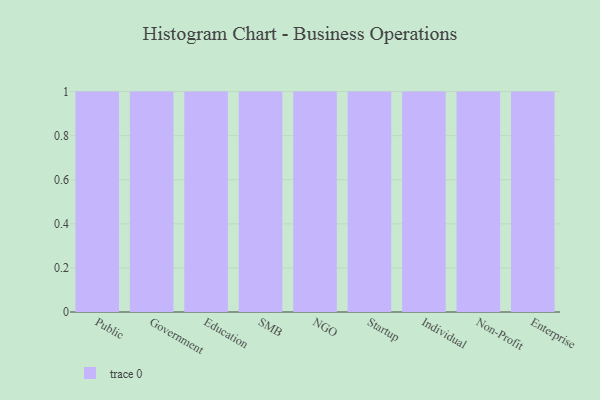
{"axis": {"x": "Segment", "y": "Website Visitors"}, "legend": [""], "data": [{"x": "Public", "y": 9, "type": ""}, {"x": "Government", "y": 65, "type": ""}, {"x": "Education", "y": 88, "type": ""}, {"x": "SMB", "y": 80, "type": ""}, {"x": "NGO", "y": 57, "type": ""}, {"x": "Startup", "y": 86, "type": ""}, {"x": "Individual", "y": 8, "type": ""}, {"x": "Non-Profit", "y": 18, "type": ""}, {"x": "Enterprise", "y": 59, "type": ""}]}